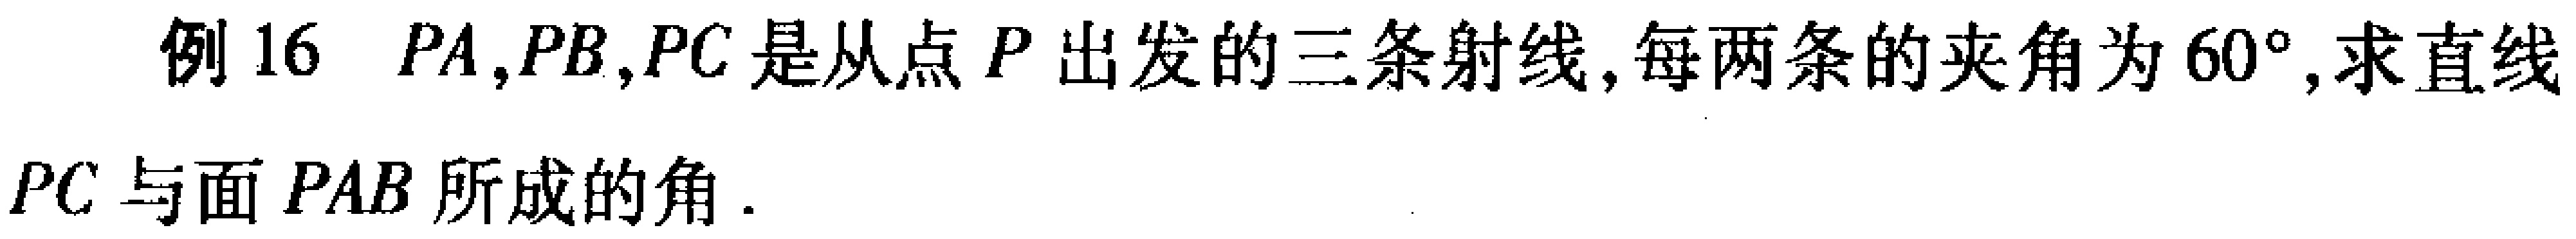
例 16 \(PA,PB,PC\) 是从点 \(P\) 出发的三条射线, 每两条的夹角为 \(60^{\circ}\), 求直线 \(PC\) 与面 \(PAB\) 所成的角.